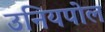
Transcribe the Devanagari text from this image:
उनियपोल